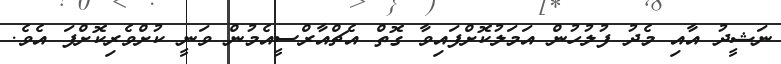
ނަޝީދު އާއި މެދު ފުލުހުން އަމަލުކޮށްފައިވާ ގޮތް އެޗްއާރްސީއެމުން ވަނީ ކުށްވެރިކޮށްފަ އެވެ.